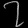
Digit: ၇